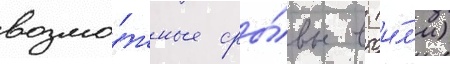
возмо́жные сры́вы в (и́л'и)